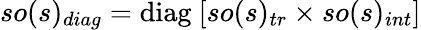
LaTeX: so(s)_{diag}=\mathrm{diag}~[so(s)_{tr}\times so(s)_{int}]